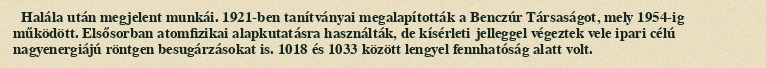
Halála után megjelent munkái. 1921-ben tanítványai megalapították a Benczúr Társaságot, mely 1954-ig működött. Elsősorban atomfizikai alapkutatásra használták, de kísérleti jelleggel végeztek vele ipari célú nagyenergiájú röntgen besugárzásokat is. 1018 és 1033 között lengyel fennhatóság alatt volt.